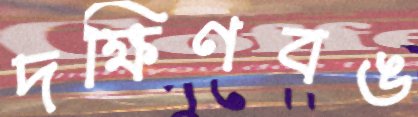
দক্ষিণবঙ